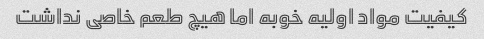
کیفیت مواد اولیه خوبه اما هیچ طعم خاصی نداشت